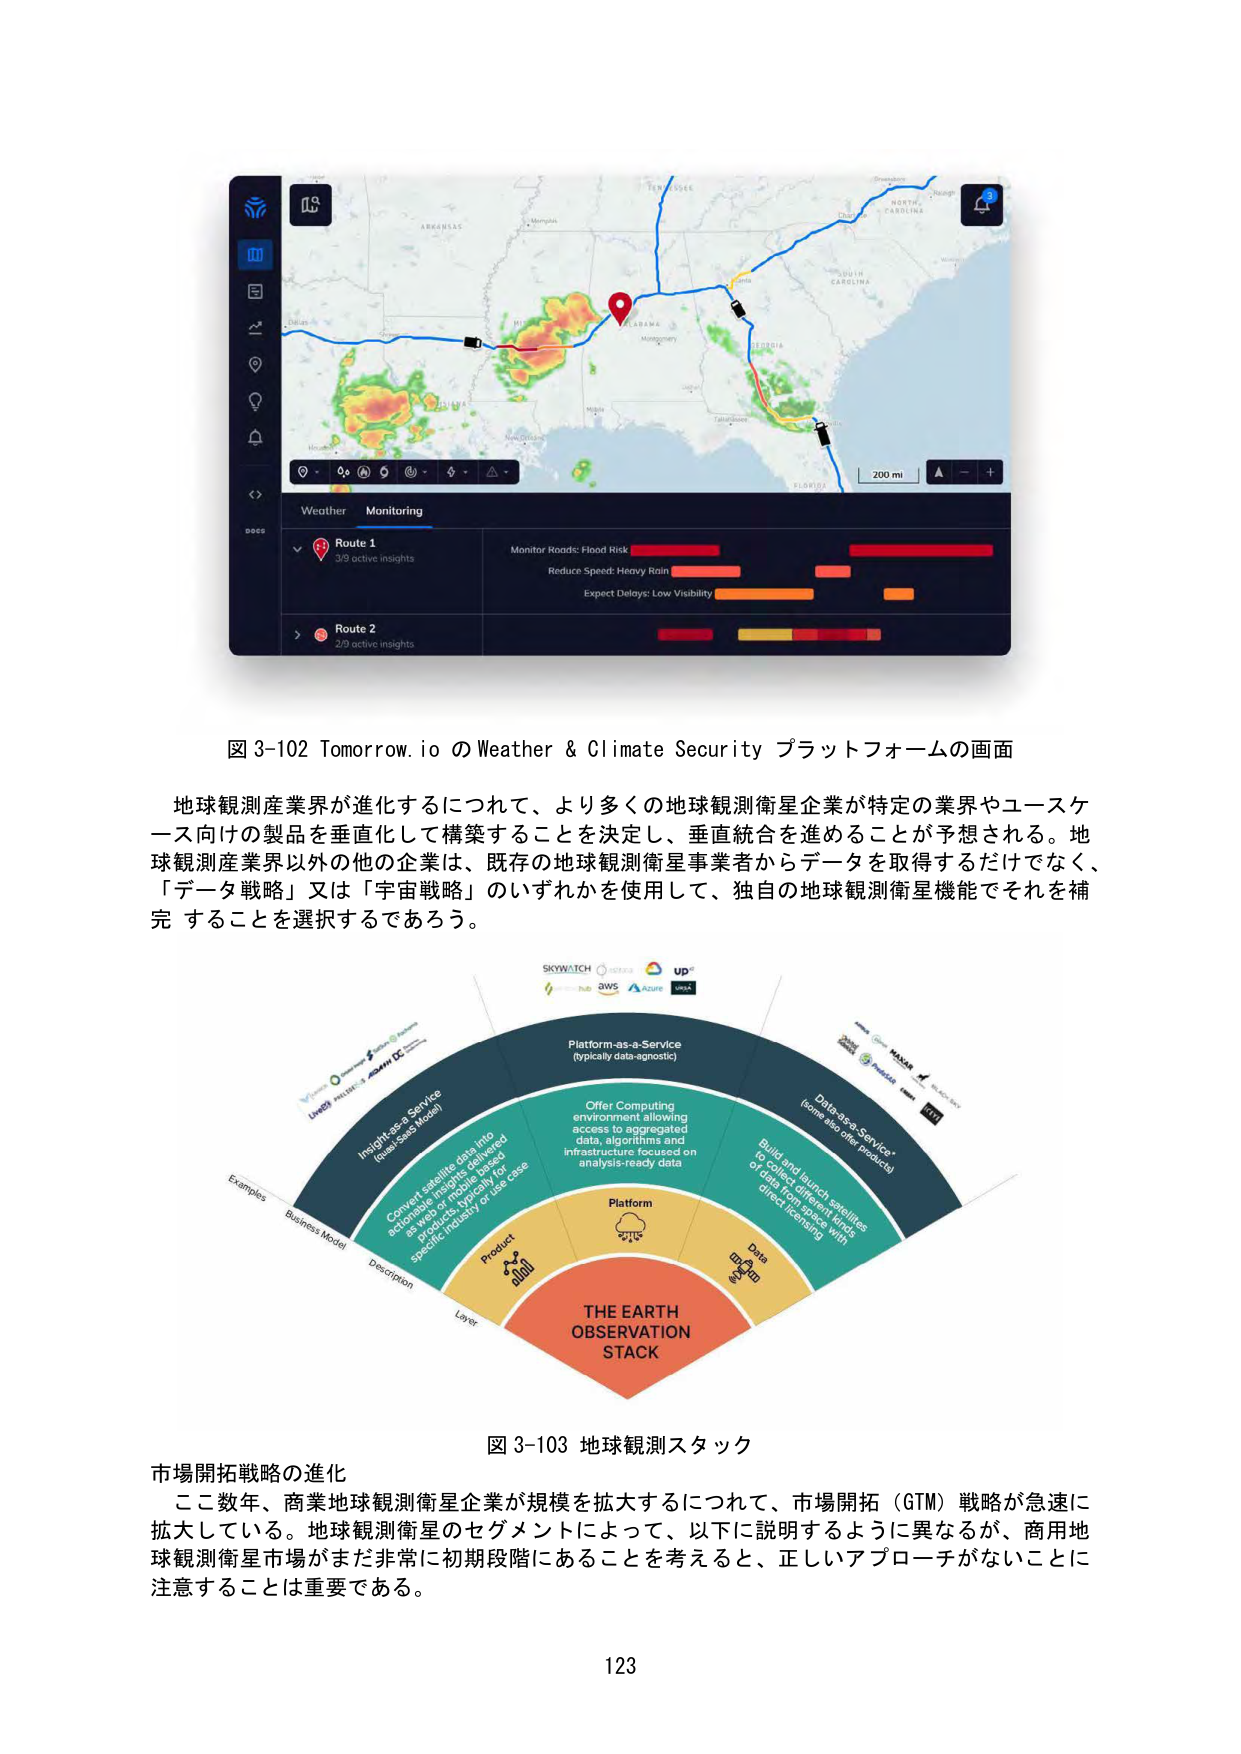
図 3-102 Tomorrow.io の Weather & Climate Security プラットフォームの画面

地球観測産業界が進化するにつれて、より多くの地球観測衛星企業が特定の業界やユースケース向けの製品を垂直化して構築することを決定し、垂直統合を進めることが予想される。地球観測産業界以外の他の企業は、既存の地球観測衛星事業者からデータを取得するだけでなく、「データ戦略」又は「宇宙戦略」のいずれかを使用して、独自の地球観測衛星機能でそれを補完することを選択するであろう。

図 3-103 地球観測スタック

市場開拓戦略の進化

ここ数年、商業地球観測衛星企業が規模を拡大するにつれて、市場開拓（GTM）戦略が急速に拡大している。地球観測衛星のセグメントによって、以下に説明するように異なるが、商用地球観測衛星市場がまだ非常に初期段階にあることを考えると、正しいアプローチがないことに注意することは重要である。

123

SKYWATCH
AWS
Azure
UP
WIX

Platform-as-a-Service
(typically data-agnostic)

Offer Computing
environment allowing
access to aggregated
data, algorithms and
infrastructure focused on
analysis-ready data

Data-as-a-Service*
(some also offer products)

Build and launch satellites
to collect different kinds
of data from space with
direct licensing

Insight-as-a-Service
(quad-SaaS Model)

Convert satellite data into
actionable insights delivered
as web or mobile based
products, typically for
specific industry or use case

THE EARTH
OBSERVATION
STACK

Examples
Business Model
Description
Layer
Product
Platform
Data
Data
Product
Platform

Weather Monitoring
Route 1
3/9 active insights
Monitor Roads: Flood Risk
Reduce Speed: Heavy Rain
Expect Delays: Low Visibility
Route 2
2/9 active insights
200 mi
ARIZONA
TEXAS
OKLAHOMA
ARKANSAS
LOUISIANA
MISSISSIPPI
ALABAMA
GEORGIA
FLORIDA
NORTH CAROLINA
SOUTH CAROLINA
TENNESSEE
MISSOURI
KANSAS
IOWA
ILLINOIS
INDIANA
OHIO
WEST VIRGINIA
VIRGINIA
MARYLAND
DELAWARE
NEW JERSEY
PENNSYLVANIA
WISCONSIN
MINNESOTA
NEBRASKA
SOUTH DAKOTA
NORTH DAKOTA
MONTANA
WYOMING
UTAH
COLORADO
NEW MEXICO
CALIFORNIA
OREGON
WASHINGTON
IDAH
NEVADA
ARIZONA
TEXAS
OKLAHOMA
ARKANSAS
LOUISIANA
MISSISSIPPI
ALABAMA
GEORGIA
FLORIDA
NORTH CAROLINA
SOUTH CAROLINA
TENNESSEE
MISSOURI
KANSAS
IOWA
ILLINOIS
INDIANA
OHIO
WEST VIRGINIA
VIRGINIA
MARYLAND
DELAWARE
NEW JERSEY
PENNSYLVANIA
WISCONSIN
MINNESOTA
NEBRASKA
SOUTH DAKOTA
NORTH DAKOTA
MONTANA
WYOMING
UTAH
COLORADO
NEW MEXICO
CALIFORNIA
OREGON
WASHINGTON
IDAH
NEVADA